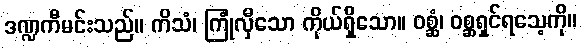
ဒဏ္ဍကီမင်းသည်။ ကိသံ၊ ကြုံလှီသော ကိုယ်ရှိသော။ ဝစ္ဆံ၊ ဝစ္ဆရှင်ရသေ့ကို။